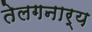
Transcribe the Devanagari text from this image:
तेलगनार्य